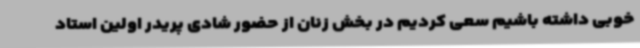
خوبی داشته باشیم سعی کردیم در بخش زنان از حضور شادی پریدر اولین استاد